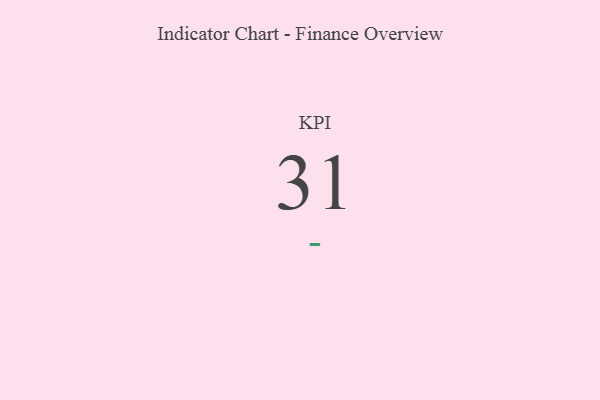
{"axis": {"x": "KPI", "y": "Value"}, "legend": [""], "data": [{"x": "KPI", "y": 31, "type": ""}]}